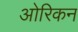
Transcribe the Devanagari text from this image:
ओरिकन